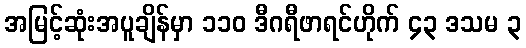
အမြင့်ဆုံးအပူချိန်မှာ ၁၁၀ ဒီဂရီဖာရင်ဟိုက် ၄၃ ဒသမ ၃